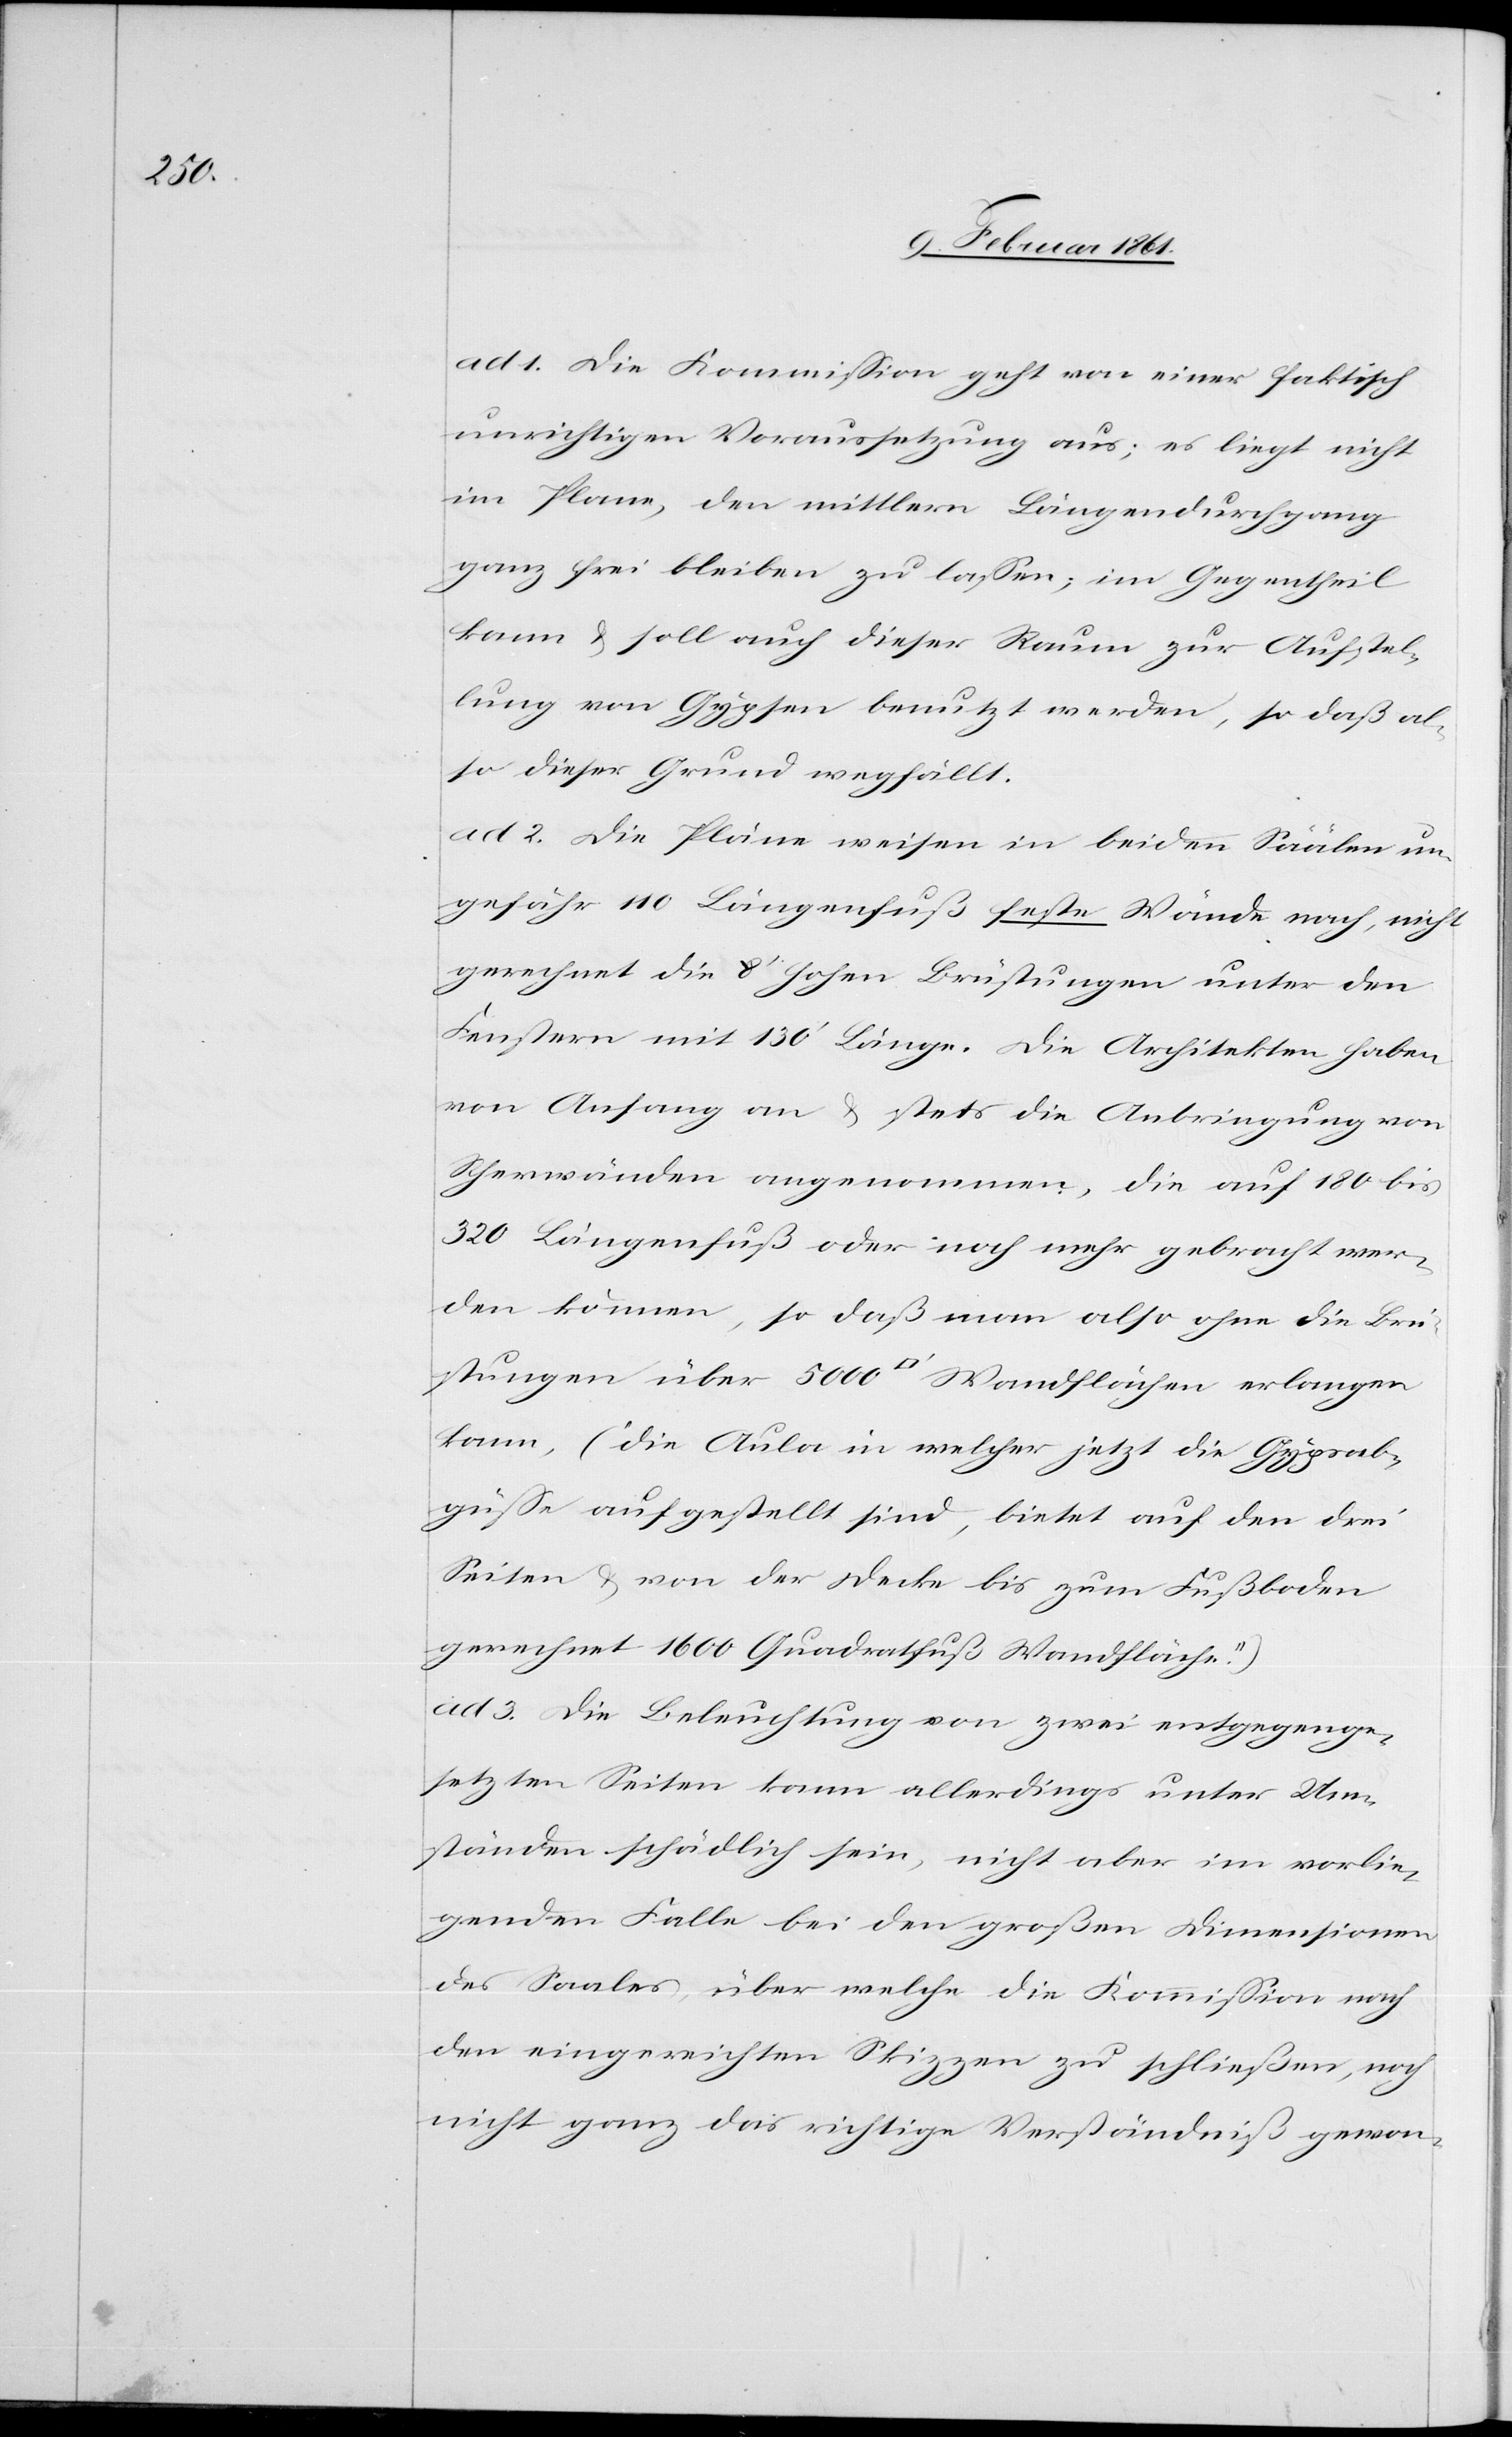
ad 1. Die Kommission geht von einer faktisch
unrichtigen Voraussetzung aus; es liegt nicht
im Plane, den mittlern Längendurchgang
ganz frei bleiben zu lassen; im Gegentheil
kann u. soll auch dieser Raum zur Aufstel¬
lung von Gypsen benutzt werden, so daß al¬
so dieser Grund wegfällt.
ad 2. Die Pläne weisen in beiden Säälen un¬
gefähr 110 Längenfuß fester Wände nach, nicht
gerechnet die 80 hohen Brüstungen unter den
Fenstern mit 130’ Länge. Die Architekten haben
von Anfang an u. stets die Anbringung von
Scherwänden angenommen, die auf 180 bis
320 Längenfuß oder noch mehr gebracht wer¬
den können, so daß man also ohne die Brü¬
stungen über 5000 [Quadratfuß] Wandflächen erlangen
kann, („die Aula in welcher jetzt die Gypsab¬
güsse aufgestellt sind, bietet auf den drei
Seiten u. von der Decke bis zum Fußboden
gerechnet 1600 Quadratfuß Wandfläche.“)
ad 3. Die Beleuchtung von zwei entgegenge¬
setzten Seiten kann allerdings unter Um¬
ständen schädlich sein, nicht aber im vorlie¬
genden Falle bei den großen Dimensionen
des Saales, über welche die Kommission nach
den eingereichten Skizzen zu schließen, noch
nicht ganz das richtige Verständniß gewon-